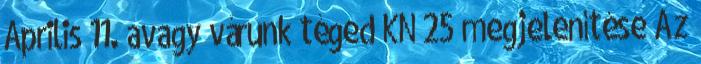
Április 11. avagy várunk téged KN 25 megjelenítése Az